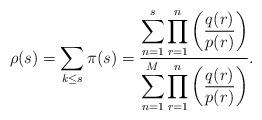
LaTeX: \begin{align*}\rho(s)=\sum_{k\leq s} \pi(s)={\displaystyle\sum_{n=1}^s \prod_{r=1}^n \left({q(r)\over p(r)}\right) \over \displaystyle\sum_{n=1}^M \prod_{r=1}^n \left({q(r)\over p(r)}\right)}. \end{align*}